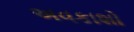
અવકાશો